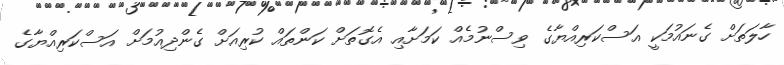
ހާލަތަށް ގެނައުމަކީ އަސްކަރިއްޔާގެ ވިސްނުމެއް ކަމަށާއި އެގޮތަށް ކަންތައް ކުރިއަށް ގެންދިއުމަށް އަސްކަރިއްޔާގެ